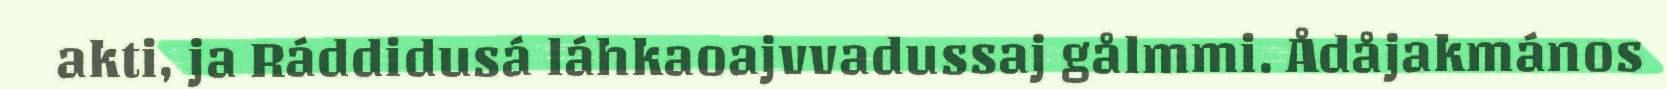
akti, ja Ráddidusá láhkaoajvvadussaj gålmmi. Ådåjakmános